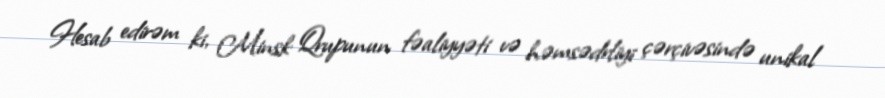
Hesab edirəm ki, Minsk Qrupunun fəaliyyəti və həmsədrliyi çərçivəsində unikal